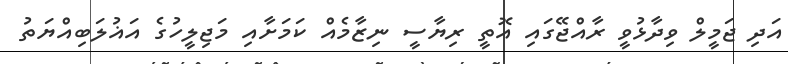
އަދި ޖަމީލް ވިދާޅުވީ ރާއްޖޭގައި އޮތީ ރިޔާސީ ނިޒާމެއް ކަމަށާއި މަޖިލީހުގެ އަޣުލަބިއްޔަތު